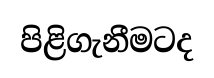
පිළිගැනීමටද